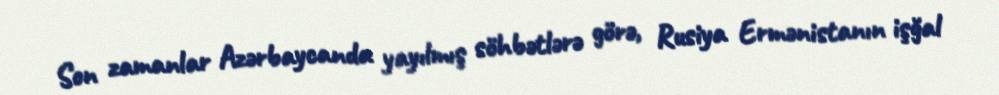
Son zamanlar Azərbaycanda yayılmış söhbətlərə görə, Rusiya Ermənistanın işğal